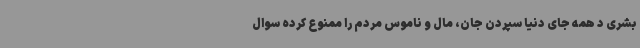
بشری د همه جای دنیا سپردن جان، مال و ناموس مردم را ممنوع کرده سوال